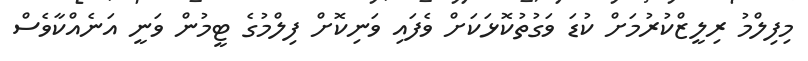
މިފިލްމު ރިލީޒްކުރުމަށް ކުޑަ ވަގުތުކޮޅަކަށް ވެފައި ވަނިކޮށް ފިލްމުގެ ޓީމުން ވަނީ އަނެއްކާވެސް